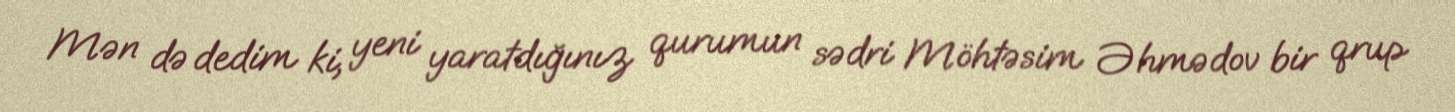
Mən də dedim ki, yeni yaratdığınız qurumun sədri Möhtəsim Əhmədov bir qrup